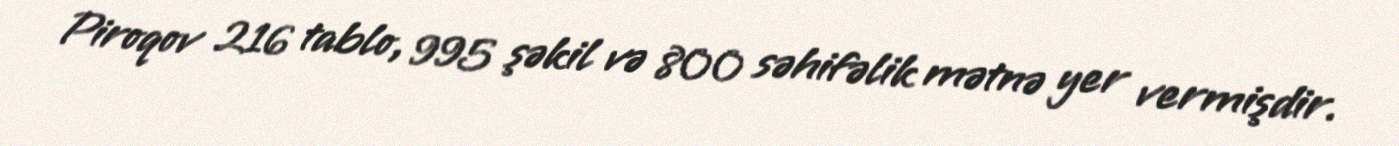
Piroqov 216 tablo, 995 şəkil və 800 səhifəlik mətnə yer vermişdir.